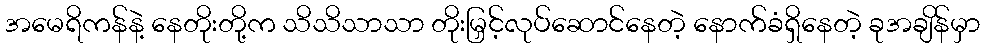
အမေရိကန်နဲ့ နေတိုးတို့က သိသိသာသာ တိုးမြှင့်လုပ်ဆောင်နေတဲ့ နောက်ခံရှိနေတဲ့ ခုအချိန်မှာ